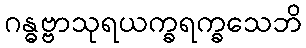
ဂန္ဓဗ္ဗာသုရယက္ခရက္ခသေဘိ